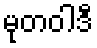
မုတဝါဒီ